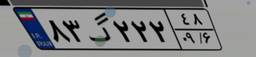
۸۳گ۲۲۲۴۸